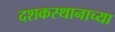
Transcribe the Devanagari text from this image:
दशकस्थानाच्या